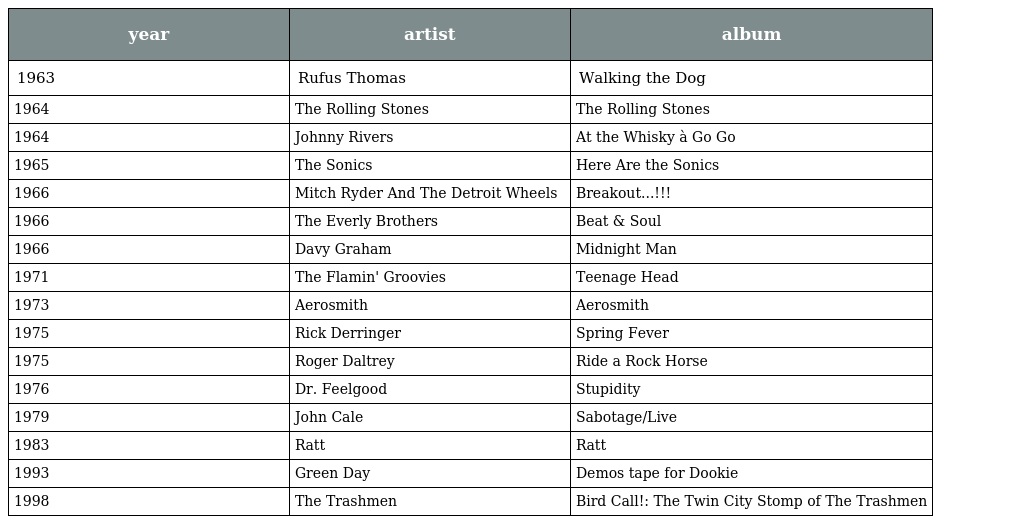
| year | artist | album |
 | --- | --- | --- |
 | 1963 | Rufus Thomas | Walking the Dog |
 | 1964 | The Rolling Stones | The Rolling Stones |
 | 1964 | Johnny Rivers | At the Whisky à Go Go |
 | 1965 | The Sonics | Here Are the Sonics |
 | 1966 | Mitch Ryder And The Detroit Wheels | Breakout...!!! |
 | 1966 | The Everly Brothers | Beat & Soul |
 | 1966 | Davy Graham | Midnight Man |
 | 1971 | The Flamin' Groovies | Teenage Head |
 | 1973 | Aerosmith | Aerosmith |
 | 1975 | Rick Derringer | Spring Fever |
 | 1975 | Roger Daltrey | Ride a Rock Horse |
 | 1976 | Dr. Feelgood | Stupidity |
 | 1979 | John Cale | Sabotage/Live |
 | 1983 | Ratt | Ratt |
 | 1993 | Green Day | Demos tape for Dookie |
 | 1998 | The Trashmen | Bird Call!: The Twin City Stomp of The Trashmen |